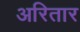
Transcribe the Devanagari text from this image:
अरितार